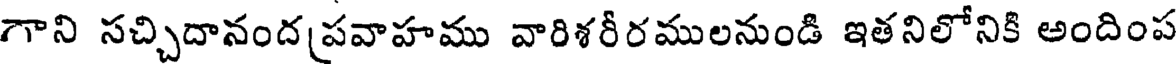
గాని సచ్చిదానంద(పవాహము వారిశరీరములనుండి ఇతనిలోనికి అందింప